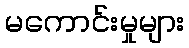
မကောင်းမှုများ